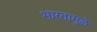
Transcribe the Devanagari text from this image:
भारतामुळे